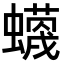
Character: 𧓡